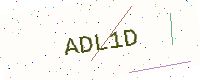
Text: ADL1D